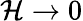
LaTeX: \mathcal{H}\to0